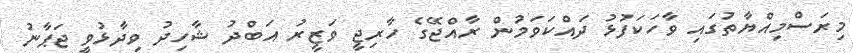
މިރަސްމިއްޔާތުގައި ވާހަކަފުޅު ދައްކަވަމުން ރާއްޖޭގެ ހާރިޖީ ވަޒީރު އަބްދު ޝާހިދު ވިދާޅުވީ ޖަޕާނު